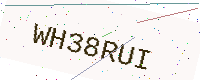
Text: WH38RUI